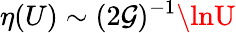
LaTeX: \eta(U)\sim(2\mathcal{G})^{-1}\lnU